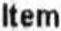
ITEM